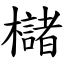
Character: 櫧